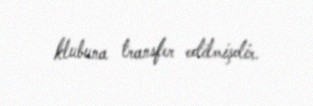
klubuna transfer edilmişdir.